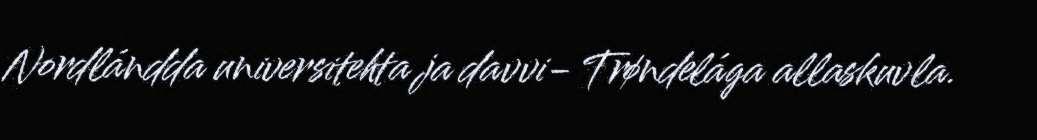
Nordlándda universitehta ja davvi- Trøndelága allaskuvla.